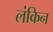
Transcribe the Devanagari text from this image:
लंकिन